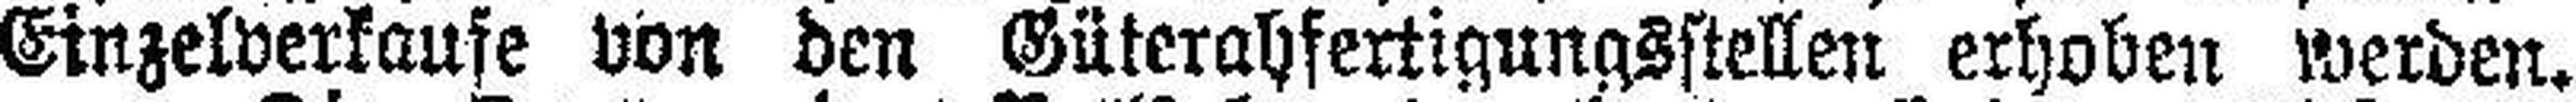
Einzelverkaufe von den Güterabfertigungsstellen erhoben werden.